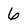
Character: 6